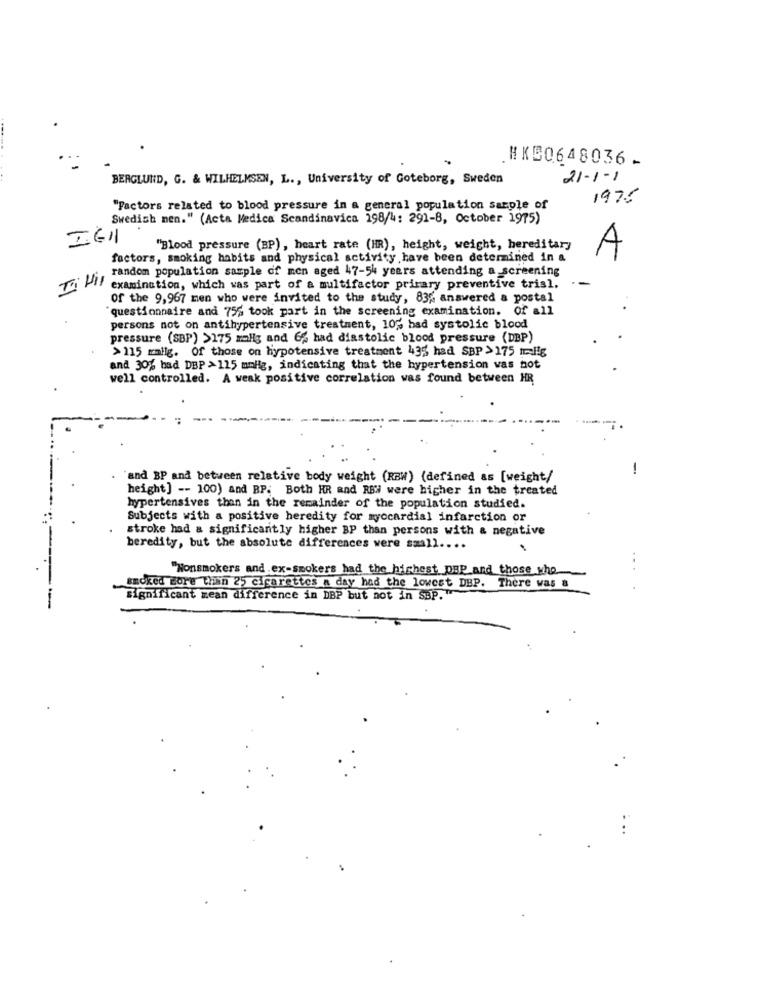
#K50648036 -
BERGLUND, G. & WILHELMSEN, L ., University of Goteborg, Sweden
21-1-1
1975
"Factors related to blood pressure in a general population sample of
Swedish men." (Acta Medica Scandinavica 198/4: 291-8, October 1975)
IG11
"Blood pressure (BP), heart rate (HR), height, weight, hereditary
factors, smoking habits and physical activity have been determined in a
A
random population sample of men aged 47-54 years attending a screening
Ti Vil examination, which was part of a multifactor primary preventive trial.
of the 9,967 men who were invited to the study, 83% answered a postal
questionnaire and 75% took part in the screening examination. of all
persons not on antihypertensive treatment, 10% had systolic blood
pressure (SBP) >175 mallg and 6% had diastolic blood pressure (DBP)
> 115 mallg. Of those on hypotensive treatment 435 had SBP > 175 ti!g
and 30% bad DBP > 115 mmHg, indicating that the hypertension was not
well controlled. A weak positive correlation was found between HR
-
"and BP and between relative body weight (RBW) (defined as [weight/
height] -- 100) and BP: Both HR and REW were higher in the treated
hypertensives than in the remainder of the population studied.
Subjects with a positive heredity for myocardial infarction or
stroke had a significantly higher BP than persons with a negative
beredity, but the absolute differences were small ....
"Nonsmokers and ex-smokers had the highest DER and those who
...
ancked Bore thin 25 cigarettes a day had the lowest DBP. There was a
significant mean difference in DBP but not in SBP.